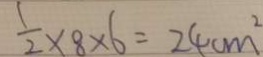
\frac { 1 } { 2 } \times 8 \times 6 = 2 4 c m ^ { 2 }